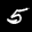
Label: 5